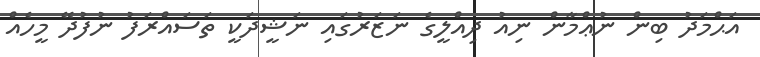
އަޙްމަދު ބިން ނުޢްމާން ނިއު ދިއްލީގެ ނަޒަރުގައި ނަޝީދަކީ ތަސައްރަފު ނުފުދޭ މީހެއް